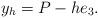
LaTeX: \begin{align*} y_h = P -h e_3.\end{align*}